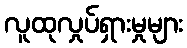
လူထုလှုပ်ရှားမှုများ